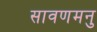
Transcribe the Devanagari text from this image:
सावणमनु